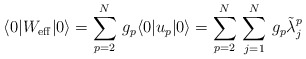
\begin{align*}\langle 0| W_{\rm eff}|0\rangle = \sum_{p=2}^{N}\, g_{p}\langle 0|u_{p}|0\rangle=\sum_{p=2}^{N}\,\sum_{j=1}^{N}\,g_{p}\tilde\lambda_{j}^{p}\end{align*}